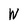
Character: W